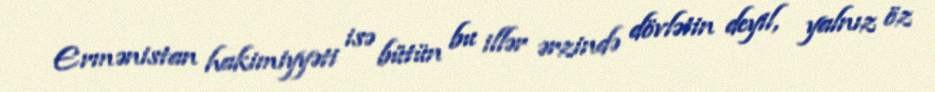
Ermənistan hakimiyyəti isə bütün bu illər ərzində dövlətin deyil, yalnız öz